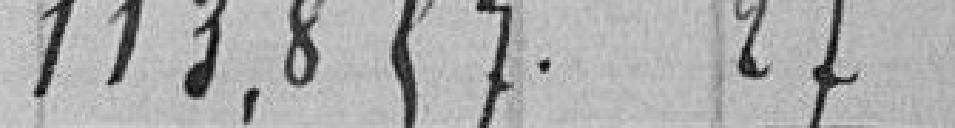
113857.27